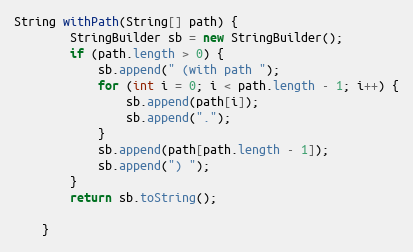
Language: Java
String withPath(String[] path) {
        StringBuilder sb = new StringBuilder();
        if (path.length > 0) {
            sb.append(" (with path ");
            for (int i = 0; i < path.length - 1; i++) {
                sb.append(path[i]);
                sb.append(".");
            }
            sb.append(path[path.length - 1]);
            sb.append(") ");
        }
        return sb.toString();

    }